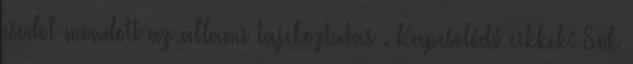
csodot mondott az allami tajekoztatas . Kapcsolódó cikkek: Sok